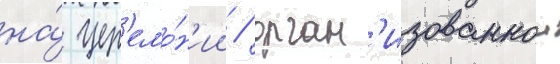
на́ цер'емо́н'ии / орган'изованнои